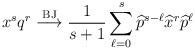
\begin{align*}x^{s}q^{r}\overset{\mathrm{BJ}}{\longrightarrow}\frac{1}{s+1}\sum_{\ell=0}^{s}\widehat{p}^{s-\ell}\widehat{x}^{r}\widehat{p}^{\ell} \end{align*}